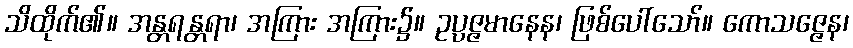
သိထိုက်၏။ အန္တရန္တရာ၊ အကြား အကြား၌။ ဥပ္ပဇ္ဇမာနေန၊ ဖြစ်ပေါ်သော်။ ကောသဇ္ဇေန၊